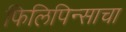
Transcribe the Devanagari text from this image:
फिलिपिन्साचा